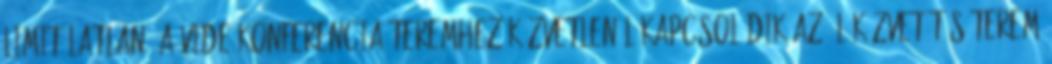
limitálatlan. A videókonferencia teremhez közvetlenül kapcsolódik az élőközvetítés terem